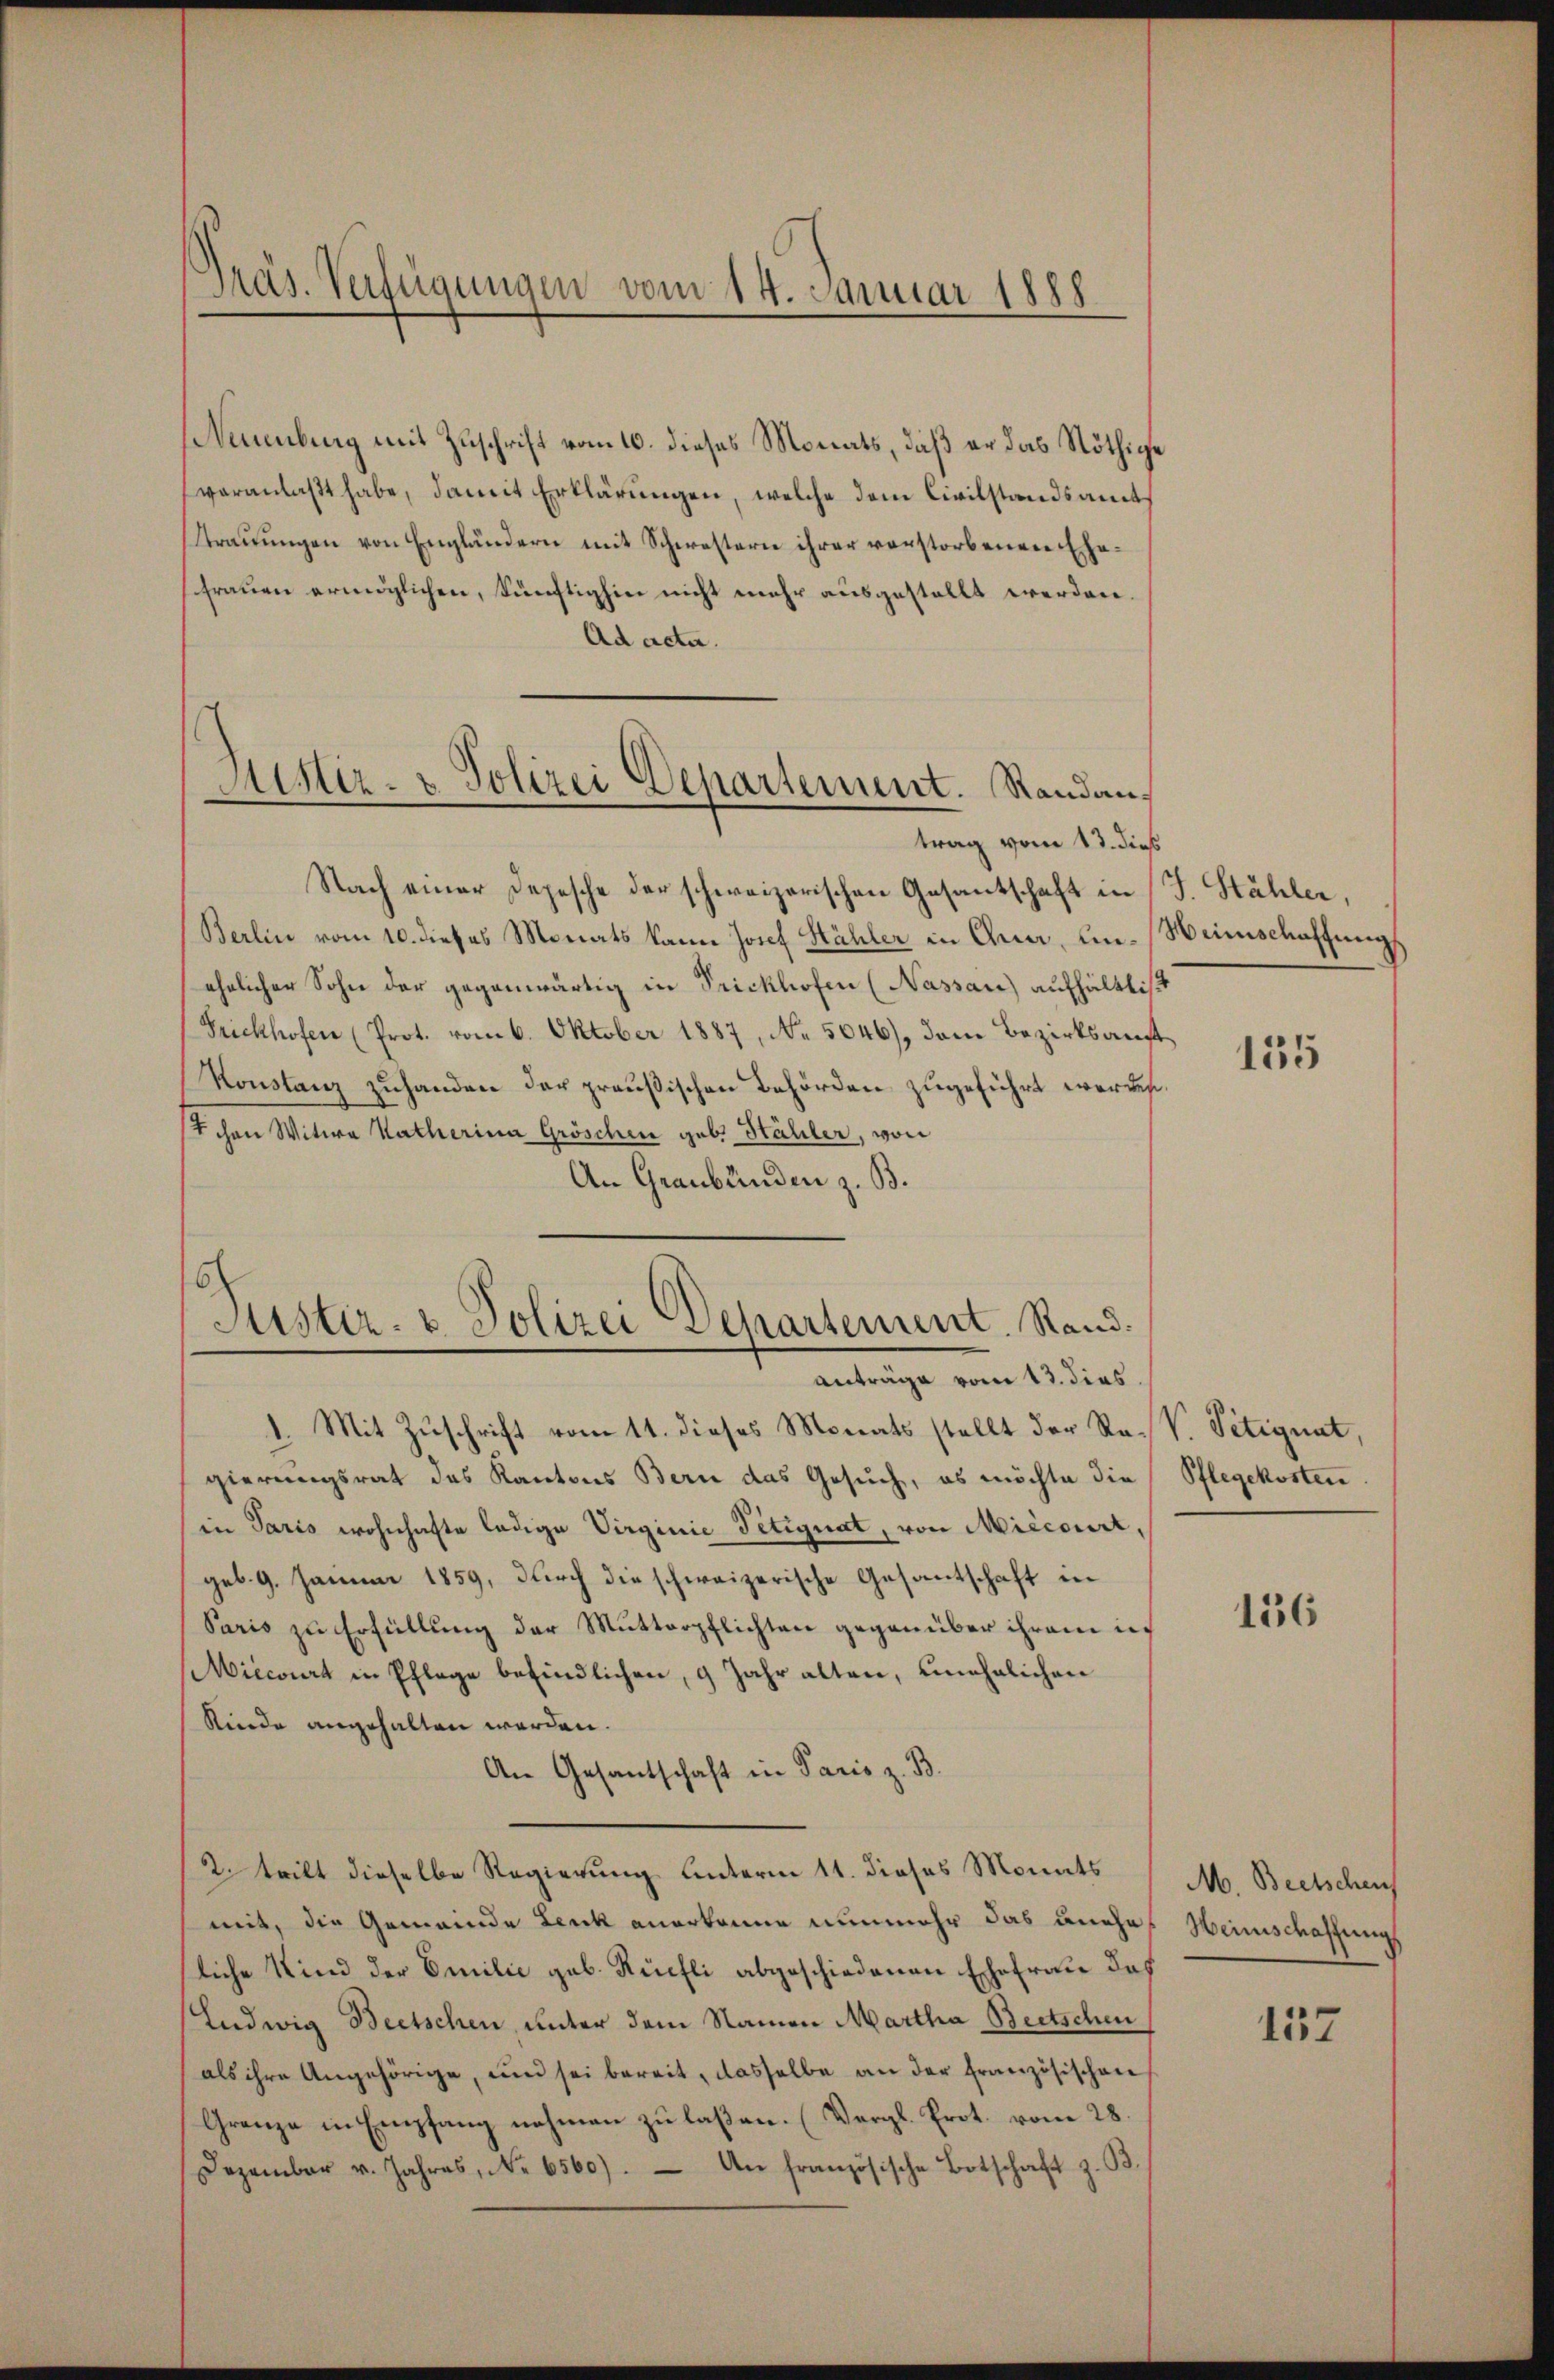
Präs. Verfügungen vom 14. Januar 1888

enburg mit Zuschrift vom 10. dieses Monats, daß er das Nöthige
veranlaßt habe, damit Erklärungen, welche dem Civilstandsamt
Trauungen von Engländern mit Schwestern ihrer verstorbenen Ehefrauen ermöglichen, künftighin nicht mehr ausgestellt werden.
Ad acta.
Nach einer Depesche der schweizerischen Gesantschaft in J. Stähler,
Berlin vom 10. dieses Monats kann Josef Hähler in Quar, in-Weinschaffungs
ehelicher Sohn der gegenwärtig in Frickhofen (Nassau) aufhälttisch
Frickhofen (Prot. vom 6. Oktober 1887, No. 5046), dem Bezirksanft
Konstanz zuhanden der preußischen Behörden zugeführt werden.
tchen Witwe Katherina Gröschen geb. Hähler, von
An Graubünden z. B.
Sistiz- u. Polizei Departement. Stand.
anträge vom 13. dies
1. Mit Zuschrift vom 11. dieses Monats stellt der Re-V. Petignat,
gierungsrat des Kantons Bern das Gesuch, es möchte die
in Paris wohnhafte ledige Virginie Petignat, von Miecourt,
geb. 9. Januar 1859, durch die schweizerische Gesantschaft in
Paris zu Erfüllung der Mutterpflichten gegenüber ihrem ic
Miecorirt in Pflege befindlichen, 9 Jahr alten, unehelichen
Kinde angehalten worden.
An Gesantschaft in Paris z. B.
2. teilt dieselbe Regierung unterm 11. dieses Monats
mit, die Gemeinde Lenk anerkanne nunmehr das anches Heinschaffung
liche Kind der Emilie geb. Rüfli abgeschiedenen Ehefrau das
Ludwig Beetschen, unter dem Namen Martha Beetschen
als ihre Angehörige, und sei bereit, dasselbe an der französischen
Granze in Empfang nehmen zu laßen. (Vergl. Prot. vom 28.
Dezember u. Jahres, No. 6560). An französische Botschaft z. B.

Sistiz- & Polizei Departement. Randantrag vom 13. dieß

135

Pflegekosten

156

M. Beetschens

157